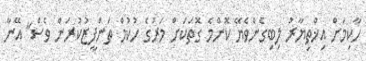
ހާކިމަށް އިޚްތިޔާރު ލިބިގެންވެޔޭ ކޮންމެ ގޮތަކަށް މަރުގެ ހުކުމް ތަންފީޒުކުރަން ވެސް" އޭނާ